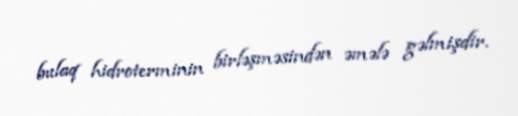
bulaq hidroterminin birləşməsindən əmələ gəlmişdir.